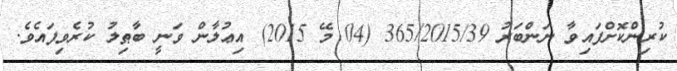
ކުރިންކޮށްފައިވާ ނަންބަރު 365/2015/39 (04 މޭ 2015) އިޢުލާން ވަނީ ބާޠިލު ކުރެވިފައެވެ.